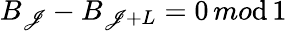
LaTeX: B_{\mathscr{J}}-B_{\mathscr{J}+L}=0\, mo\mathrm{d}\, 1